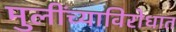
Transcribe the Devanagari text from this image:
मुलींच्याविरोधात